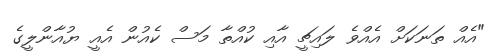
"އެއް ތަނަކަށް އެއްވެ ލައިޗީ އާއި ކުއްތާ މަސް ކެއުން އެއީ ޔުއާންލީގެ